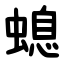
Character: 螅